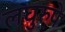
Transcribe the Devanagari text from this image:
लघुरुपे